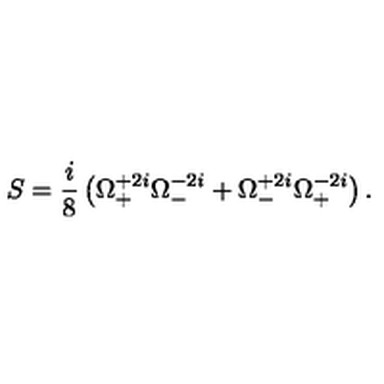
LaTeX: S = \frac { i } { 8 } \left( \Omega _ { + } ^ { + 2 i } \Omega _ { - } ^ { - 2 i } + \Omega _ { - } ^ { + 2 i } \Omega _ { + } ^ { - 2 i } \right) .